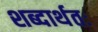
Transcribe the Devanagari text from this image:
शब्दार्थतः